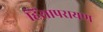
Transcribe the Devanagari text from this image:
हिंसापरायण